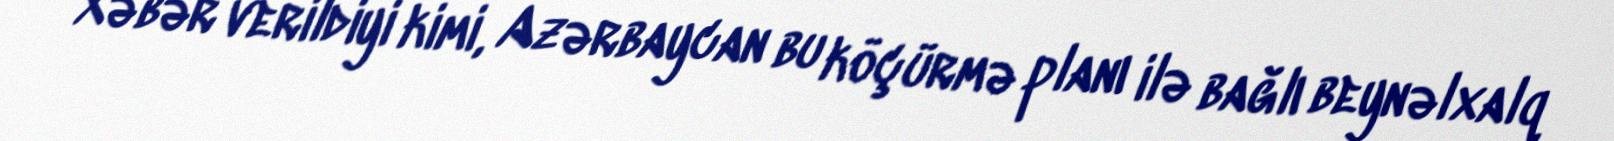
Xəbər verildiyi kimi, Azərbaycan bu köçürmə planı ilə bağlı beynəlxalq